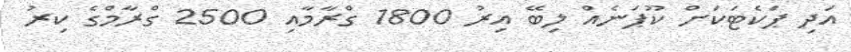
އަދި ޕަކެޓަކަށް ކޫޕަނެއް ލިބޭ އިރު 1800 ގްރާމާއި 2500 ގްރާމްގެ ކިރު